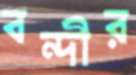
বন্দীর